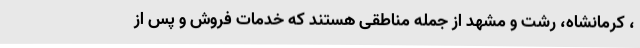
، کرمانشاه، رشت و مشهد از جمله مناطقی هستند که خدمات فروش و پس از